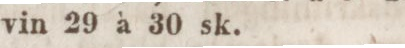
vin 29 à 30 sk.